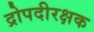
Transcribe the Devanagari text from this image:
द्रोपदीरक्षक